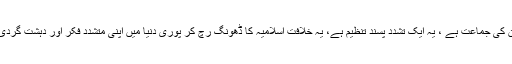
تکون کا دوسرا کونا اخوان المسلمین کى جماعت ہے ، یہ ایک تشدد پسند تنظیم ہے، یہ خلافت اسلامیہ کا ڈهونگ رچ کر پورى دنیا میں اپنى متشدد فکر اور دہشت گردى پر مبنى آڈیالوجى پھیلا رہے ہیں۔